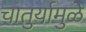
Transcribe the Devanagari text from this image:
चातुर्यामुळे